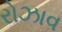
રોઝાવ